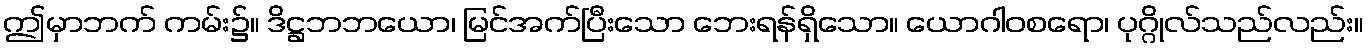
ဤမှာဘက် ကမ်း၌။ ဒိဋ္ဌဘဘယော၊ မြင်အက်ပြီးသော ဘေးရန်ရှိသော။ ယောဂါဝစရော၊ ပုဂ္ဂိုလ်သည်လည်း။